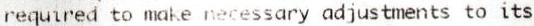
REQUIRED TO MAKE NECESSARY ADJUSTMENTS TO ITS